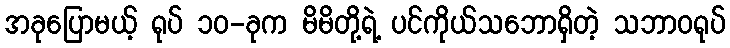
အခုပြောမယ့် ရုပ် ၁၀-ခုက မိမိတို့ရဲ့ ပင်ကိုယ်သဘောရှိတဲ့ သဘာဝရုပ်